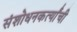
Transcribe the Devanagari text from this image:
संशोधनकर्त्यांची